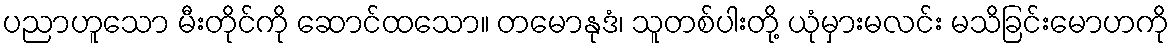
ပညာဟူသော မီးတိုင်ကို ဆောင်ထသော။ တမောနုဒံ၊ သူတစ်ပါးတို့ ယုံမှားမလင်း မသိခြင်းမောဟကို